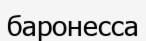
баронесса